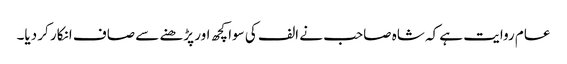
عام روایت ہے کہ شاہ صاحب نے الف کی سوا کچھ اور پڑھنے سے صاف انکار کر دیا۔